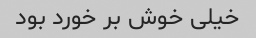
خیلی خوش بر خورد بود